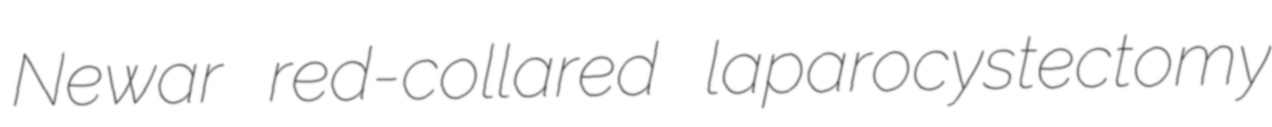
Newar red-collared laparocystectomy